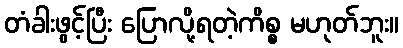
တံခါးဖွင့်ပြီး ပြောလို့ရတဲ့ကိစ္စ မဟုတ်ဘူး။